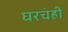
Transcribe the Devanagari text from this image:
घरचंही